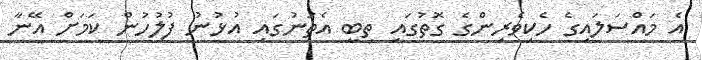
އެ މައްސަލައިގެ ހެކިވެރިންގެ ގޮތުގައި ތިބީ އެތަނުގައި އުޅުނު ފުލުހުން ކަމަށް އޭނާ